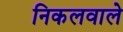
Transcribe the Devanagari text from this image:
निकलवाले